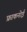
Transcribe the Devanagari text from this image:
फ्राकनोई